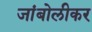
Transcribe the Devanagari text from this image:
जांबोलीकर